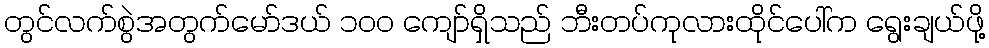
တွင်လက်စွဲအတွက်မော်ဒယ် ၁၀၀ ကျော်ရှိသည် ဘီးတပ်ကုလားထိုင်ပေါ်က ရွေးချယ်ဖို့